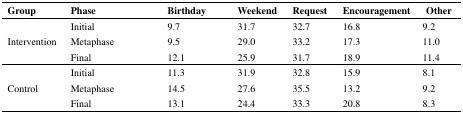
<table><thead><tr><td><b>Group </b></td><td><b>Phase</b></td><td><b>Birthday</b></td><td><b>Weekend</b></td><td><b>Request</b></td><td><b>Encouragement</b></td><td><b>Other</b></td></tr></thead><tbody><tr><td rowspan="3">Intervention </td><td>Initial </td><td>9.7</td><td>31.7</td><td>32.7</td><td>16.8</td><td>9.2</td></tr><tr><td>Metaphase</td><td>9.5</td><td>29.0</td><td>33.2</td><td>17.3</td><td>11.0</td></tr><tr><td>Final</td><td>12.1</td><td>25.9</td><td>31.7</td><td>18.9</td><td>11.4</td></tr><tr><td rowspan="3">Control </td><td>Initial </td><td>11.3</td><td>31.9</td><td>32.8</td><td>15.9</td><td>8.1</td></tr><tr><td>Metaphase</td><td>14.5</td><td>27.6</td><td>35.5</td><td>13.2</td><td>9.2</td></tr><tr><td>Final</td><td>13.1</td><td>24.4</td><td>33.3</td><td>20.8</td><td>8.3</td></tr></tbody></table>